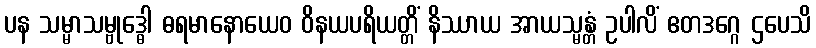
ပန သမ္မာသမ္ဗုဒ္ဓေါ ဓရမာနောယေဝ ဝိနယပရိယတ္တိံ နိဿာယ အာယသ္မန္တံ ဥပါလိံ ဧတဒဂ္ဂေ ဌပေသိ